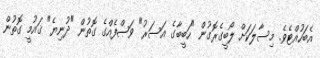
އެބަހުއްޓެވެ. މިސާލަކަށް ލޯބީގެރޮގުން "ހަބީބާގެ އަސަރު" ވަޞްފެއްގެ ގޮތުން "ދުނިޔެ" ޤައުމީ ގޮތުން